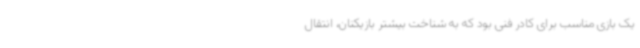
یک بازی مناسب برای کادر فنی بود که به شناخت بیشتر بازیکنان، انتقال